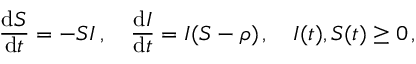
\frac { \mathrm { d } S } { \mathrm { d } t } = - S I \, , \quad \frac { \mathrm { d } I } { \mathrm { d } t } = I ( S - \rho ) \, , \quad I ( t ) , S ( t ) \geq 0 \, ,